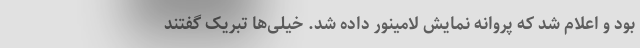
بود و اعلام شد که پروانه نمایش لامینور داده شد. خیلی‌ها تبریک گفتند